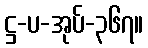
ဋ္ဌ-ပ-အုပ်-၃၆၇။